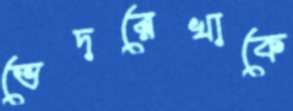
ভেদরেখাকে